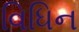
વિધિન